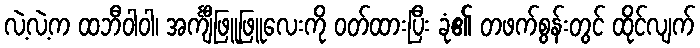
လဲ့လဲ့က ထဘီဝါဝါ၊ အင်္ကျီဖြူဖြူလေးကို ဝတ်ထားပြီး ခုံ၏ တဖက်စွန်းတွင် ထိုင်လျက်